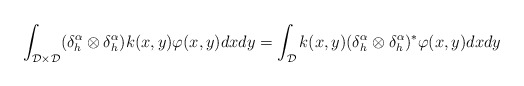
\begin{align*} \int_{\mathcal{D}\times\mathcal{D}}(\delta_h^{\alpha}\otimes \delta_h^{\alpha}) k(x,y)\varphi(x,y)dxdy = \int_{\mathcal{D}} k(x,y)(\delta_h^{\alpha}\otimes \delta_h^{\alpha})^*\varphi(x,y)dxdy\end{align*}